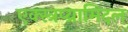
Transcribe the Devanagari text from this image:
एक्स्त्रप्य्रामिदल